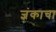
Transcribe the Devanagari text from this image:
ज्ञंकाचा